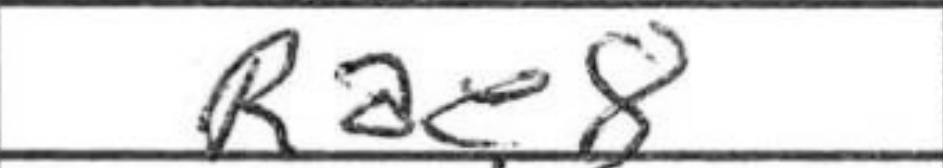
Transcription: Rae8